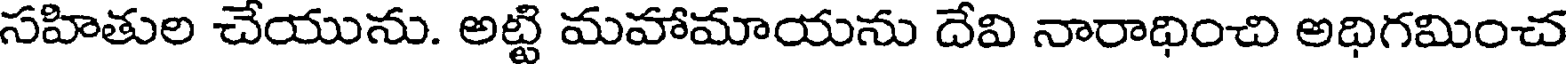
సహితుల చేయును. అట్టి మహామాయను దేవి నారాధించి అధిగమించ